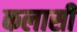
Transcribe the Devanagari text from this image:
कलासी